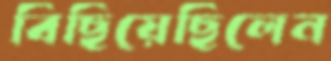
বিছিয়েছিলেন